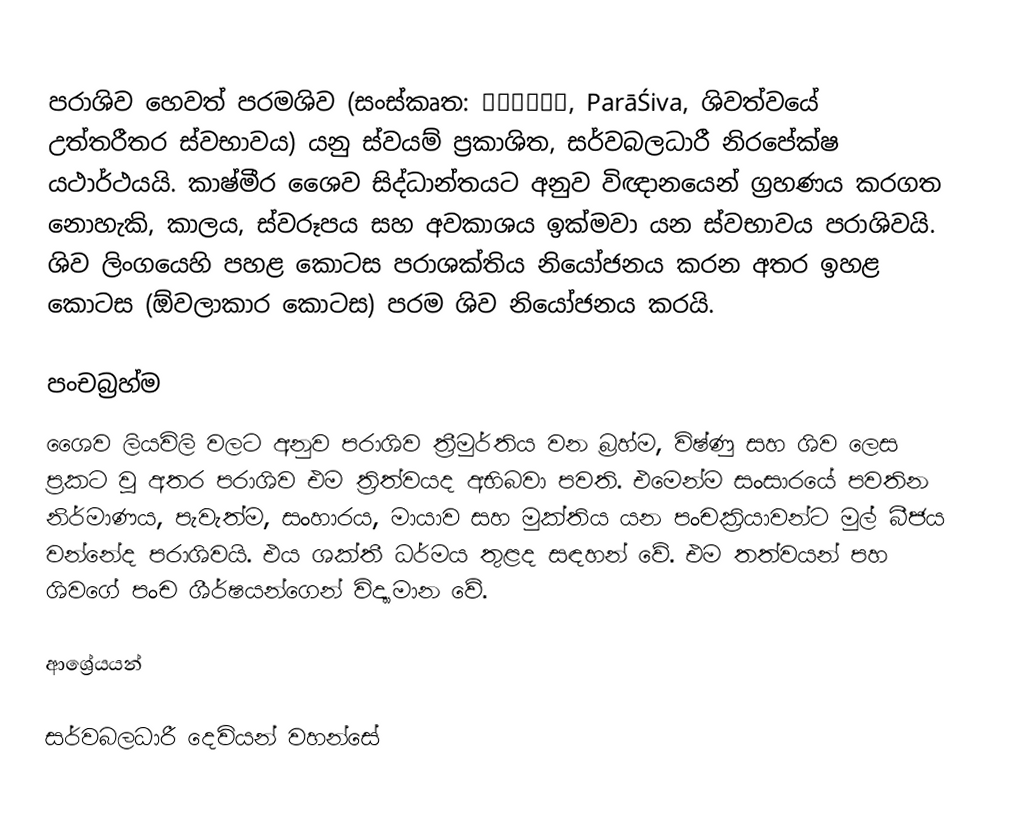
පරාශිව හෙවත් පරමශිව (සංස්කෘත: पराशिव, ParāŚiva, ශිවත්වයේ උත්තරීතර ස්වභාවය) යනු ස්වයම් ප්‍රකාශිත, සර්වබලධාරී නිරපේක්ෂ යථාර්ථයයි. කාෂ්මීර ශෛව සිද්ධාන්තයට අනුව විඥානයෙන් ග්‍රහණය කරගත නොහැකි, කාලය, ස්වරූපය සහ අවකාශය ඉක්මවා යන ස්වභාවය පරාශිවයි. ශිව ලිංගයෙහි පහළ කොටස පරාශක්තිය නියෝජනය කරන අතර ඉහළ කොටස (ඕවලාකාර කොටස) පරම ශිව නියෝජනය කරයි.

පංචබ්‍රහ්ම
ශෛව ලියවිලි වලට අනුව පරාශිව ත්‍රීමුර්තිය වන බ්‍රහ්ම, විෂ්ණු සහ ශිව ලෙස ප්‍රකට වූ අතර පරාශිව එම ත්‍රිත්වයද අභිබවා පවති. එමෙන්ම සංසාරයේ පවතින නිර්මාණය, පැවැත්ම, සංහාරය, මායාව සහ මුක්තිය යන පංචක්‍රියාවන්ට මුල් බීජය වන්නේද පරාශිවයි. එය ශක්තී ධර්මය තුළද සඳහන් වේ. එම තත්වයන් පහ ශිවගේ පංච ශීර්ෂයන්ගෙන් විද්‍යාමාන වේ.

ආශ්‍රේයයන්

සර්වබලධාරී දෙවියන් වහන්සේ